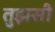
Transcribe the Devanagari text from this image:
तुझसी